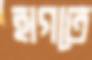
হাগতে